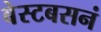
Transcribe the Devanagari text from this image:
बेस्टबसनं